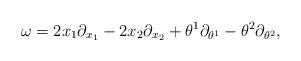
LaTeX: \begin{align*}\omega=2x_1\partial_{x_1}-2x_2\partial_{x_2}+\theta^1\partial_{\theta^1}-\theta^2\partial_{\theta^2},\end{align*}